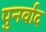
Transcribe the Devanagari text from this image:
पुनर्वाद